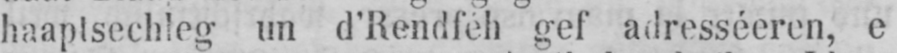
haaplsechleg un d’Rendféh gef adresséeren, e